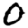
Digit: 0